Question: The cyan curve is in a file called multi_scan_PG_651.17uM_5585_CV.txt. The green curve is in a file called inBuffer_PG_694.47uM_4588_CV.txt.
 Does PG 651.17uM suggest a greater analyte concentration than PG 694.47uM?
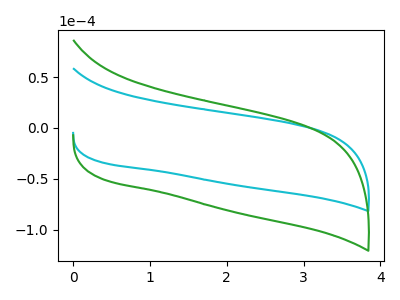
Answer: <think>The cyan curve "PG 651.17uM" has no peaks. The green curve "PG 694.47uM" has no peaks.
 Neither "PG 651.17uM" or "PG 694.47uM" have any peaks.</think>
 <answer>I cant tell if "PG 651.17uM" or "PG 694.47uM" has more signal.</answer>
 <eval>mixed_signal</eval>